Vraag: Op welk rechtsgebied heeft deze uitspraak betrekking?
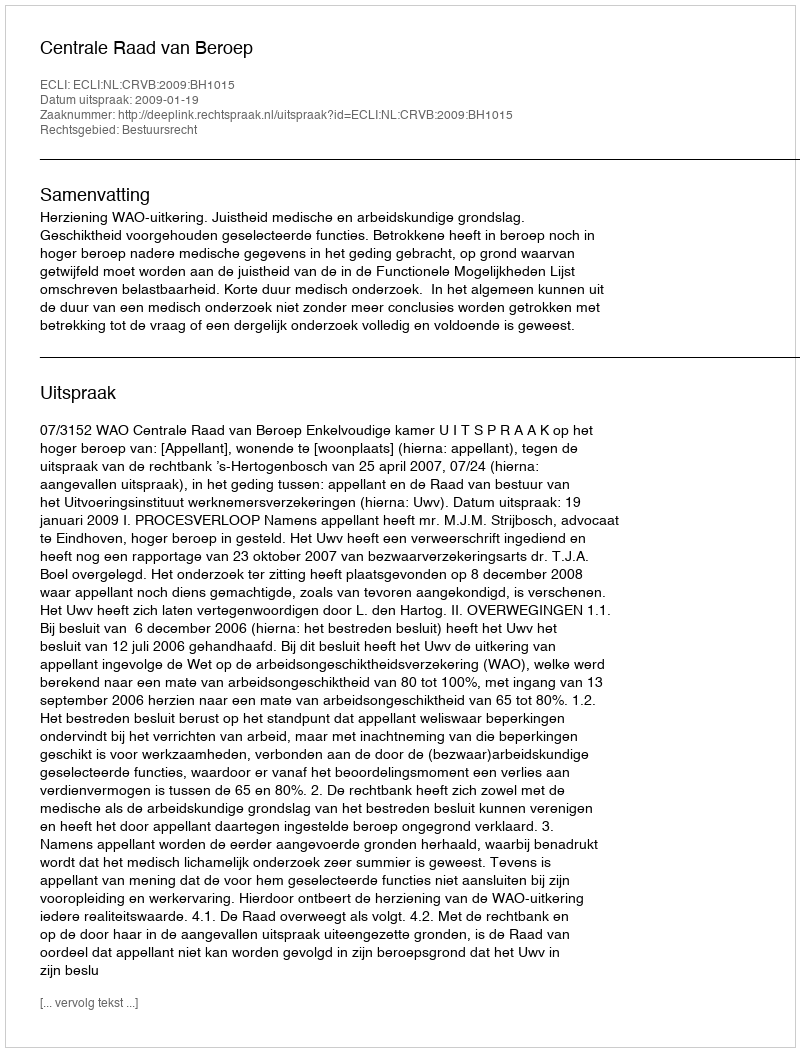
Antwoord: Bestuursrecht